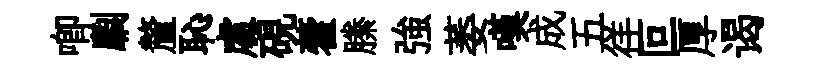
唧劘釐恥䖏硯藿縢強萎嘆成五徉叵厚谒